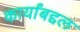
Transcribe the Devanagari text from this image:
कार्यांबद्दल